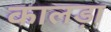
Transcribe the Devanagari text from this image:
कालड़ा